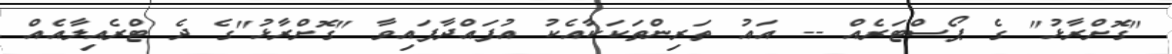
"ގޮށްރާޅު" ގެ ޕޯސްޓަރެއް -- އައު ތަރިންތަކަކާއެކު އުފައްދާފައިވާ "ގޮށްރާޅު"ގެ ދެ ޓްރެއިލާއެެއް